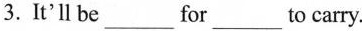
3.It'll be___ for___ to carry.